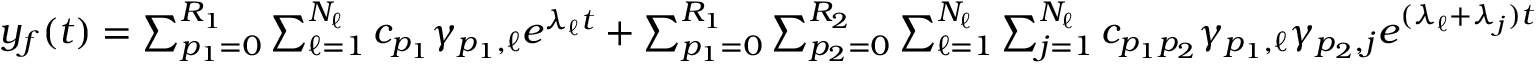
\begin{array} { r } { y _ { f } ( t ) = \sum _ { p _ { 1 } = 0 } ^ { R _ { 1 } } \sum _ { \ell = 1 } ^ { N _ { \ell } } c _ { p _ { 1 } } \gamma _ { p _ { 1 } , \ell } e ^ { \lambda _ { \ell } t } + \sum _ { p _ { 1 } = 0 } ^ { R _ { 1 } } \sum _ { p _ { 2 } = 0 } ^ { R _ { 2 } } \sum _ { \ell = 1 } ^ { N _ { \ell } } \sum _ { j = 1 } ^ { N _ { \ell } } c _ { p _ { 1 } p _ { 2 } } \gamma _ { p _ { 1 } , \ell } \gamma _ { p _ { 2 } , j } e ^ { ( \lambda _ { \ell } + \lambda _ { j } ) t } } \end{array}